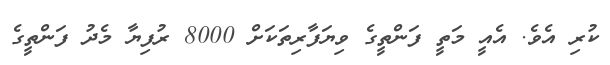
ކުރި އެވެ. އެއީ މަތީ ފަންތީގެ ވިޔަފާރިތަކަށް 8000 ރުފިޔާ މެދު ފަންތީގެ